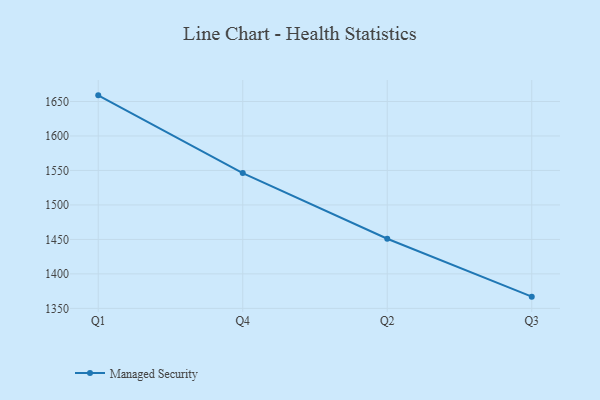
{"axis": {"x": "Quarter", "y": "Population (Million)"}, "legend": ["Managed Security"], "data": [{"x": "Q1", "y": 1658.9, "type": "Managed Security"}, {"x": "Q4", "y": 1546.2, "type": "Managed Security"}, {"x": "Q2", "y": 1451.0, "type": "Managed Security"}, {"x": "Q3", "y": 1367.0, "type": "Managed Security"}]}